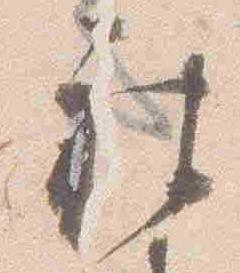
被